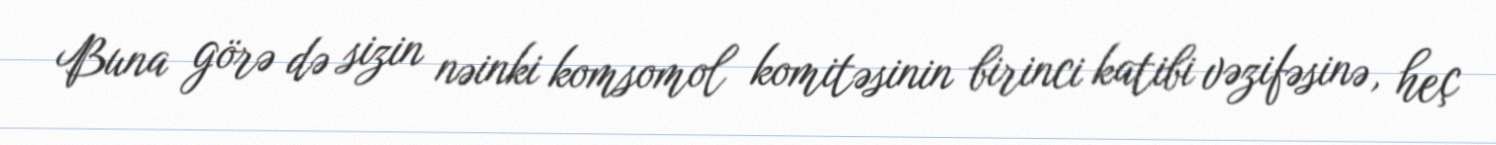
Buna görə də sizin nəinki komsomol komitəsinin birinci katibi vəzifəsinə, heç